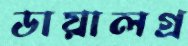
ডায়ালগ্র